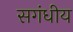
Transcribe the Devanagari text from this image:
सगंधीय